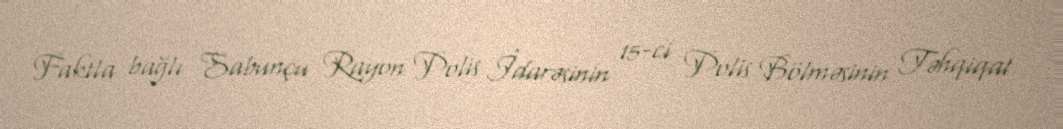
Faktla bağlı Sabunçu Rayon Polis İdarəsinin 15-ci Polis Bölməsinin Təhqiqat